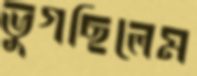
ভুগছিলেম